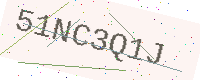
Text: 51NC3Q1J